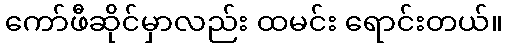
ကော်ဖီဆိုင်မှာလည်း ထမင်း ရောင်းတယ်။